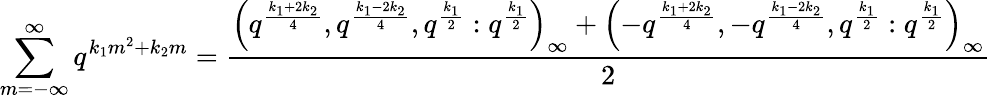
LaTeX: \sum_{m=-\infty}^{\infty}q^{k_{1}m^{2}+k_{2}m}=\frac{\left(q^{\frac{k_{1}+2k_{2}}{4}},q^{\frac{k_{1}-2k_{2}}{4}},q^{\frac{k_{1}}{2}}:q^{\frac{k_{1}}{2}}\right)_{\infty}+\left(-q^{\frac{k_{1}+2k_{2}}{4}},-q^{\frac{k_{1}-2k_{2}}{4}},q^{\frac{k_{1}}{2}}:q^{\frac{k_{1}}{2}}\right)_{\infty}}{2}